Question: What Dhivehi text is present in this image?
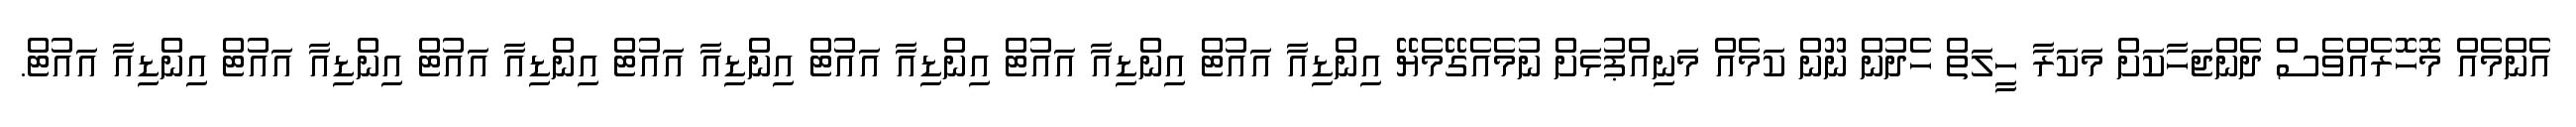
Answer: އެންމެއް މޮހޮރެއްވެސް ދެންޖަހާކަށް މަކަރާ ހީލަތް ހެދުން ނޫން ކަމެއް މަނިއްޕުޅަށް ނުމެއެގޭމެޔޭ އިންޑިއާ އައުޓް އިންޑިއާ އައުޓް އިންޑިއާ އައުޓް އިންޑިއާ އައުޓް އިންޑިއާ އައުޓް އިންޑިއާ އައުޓް އިންޑިއާ އައުޓް.